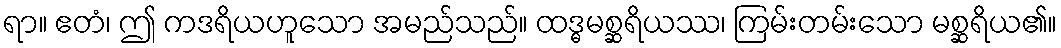
ရာ။ ဧတံ၊ ဤ ကဒရိယဟူသော အမည်သည်။ ထဒ္ဓမစ္ဆရိယဿ၊ ကြမ်းတမ်းသော မစ္ဆရိယ၏။